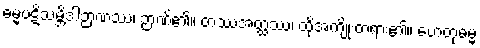
ဓမ္မပဋိသမ္ဘိဒါဉာဏဿ၊ ဉာဏ်၏။ တဿအတ္ထဿ၊ ထိုအကျိုးတရား၏။ ဟေတုဓမ္မ